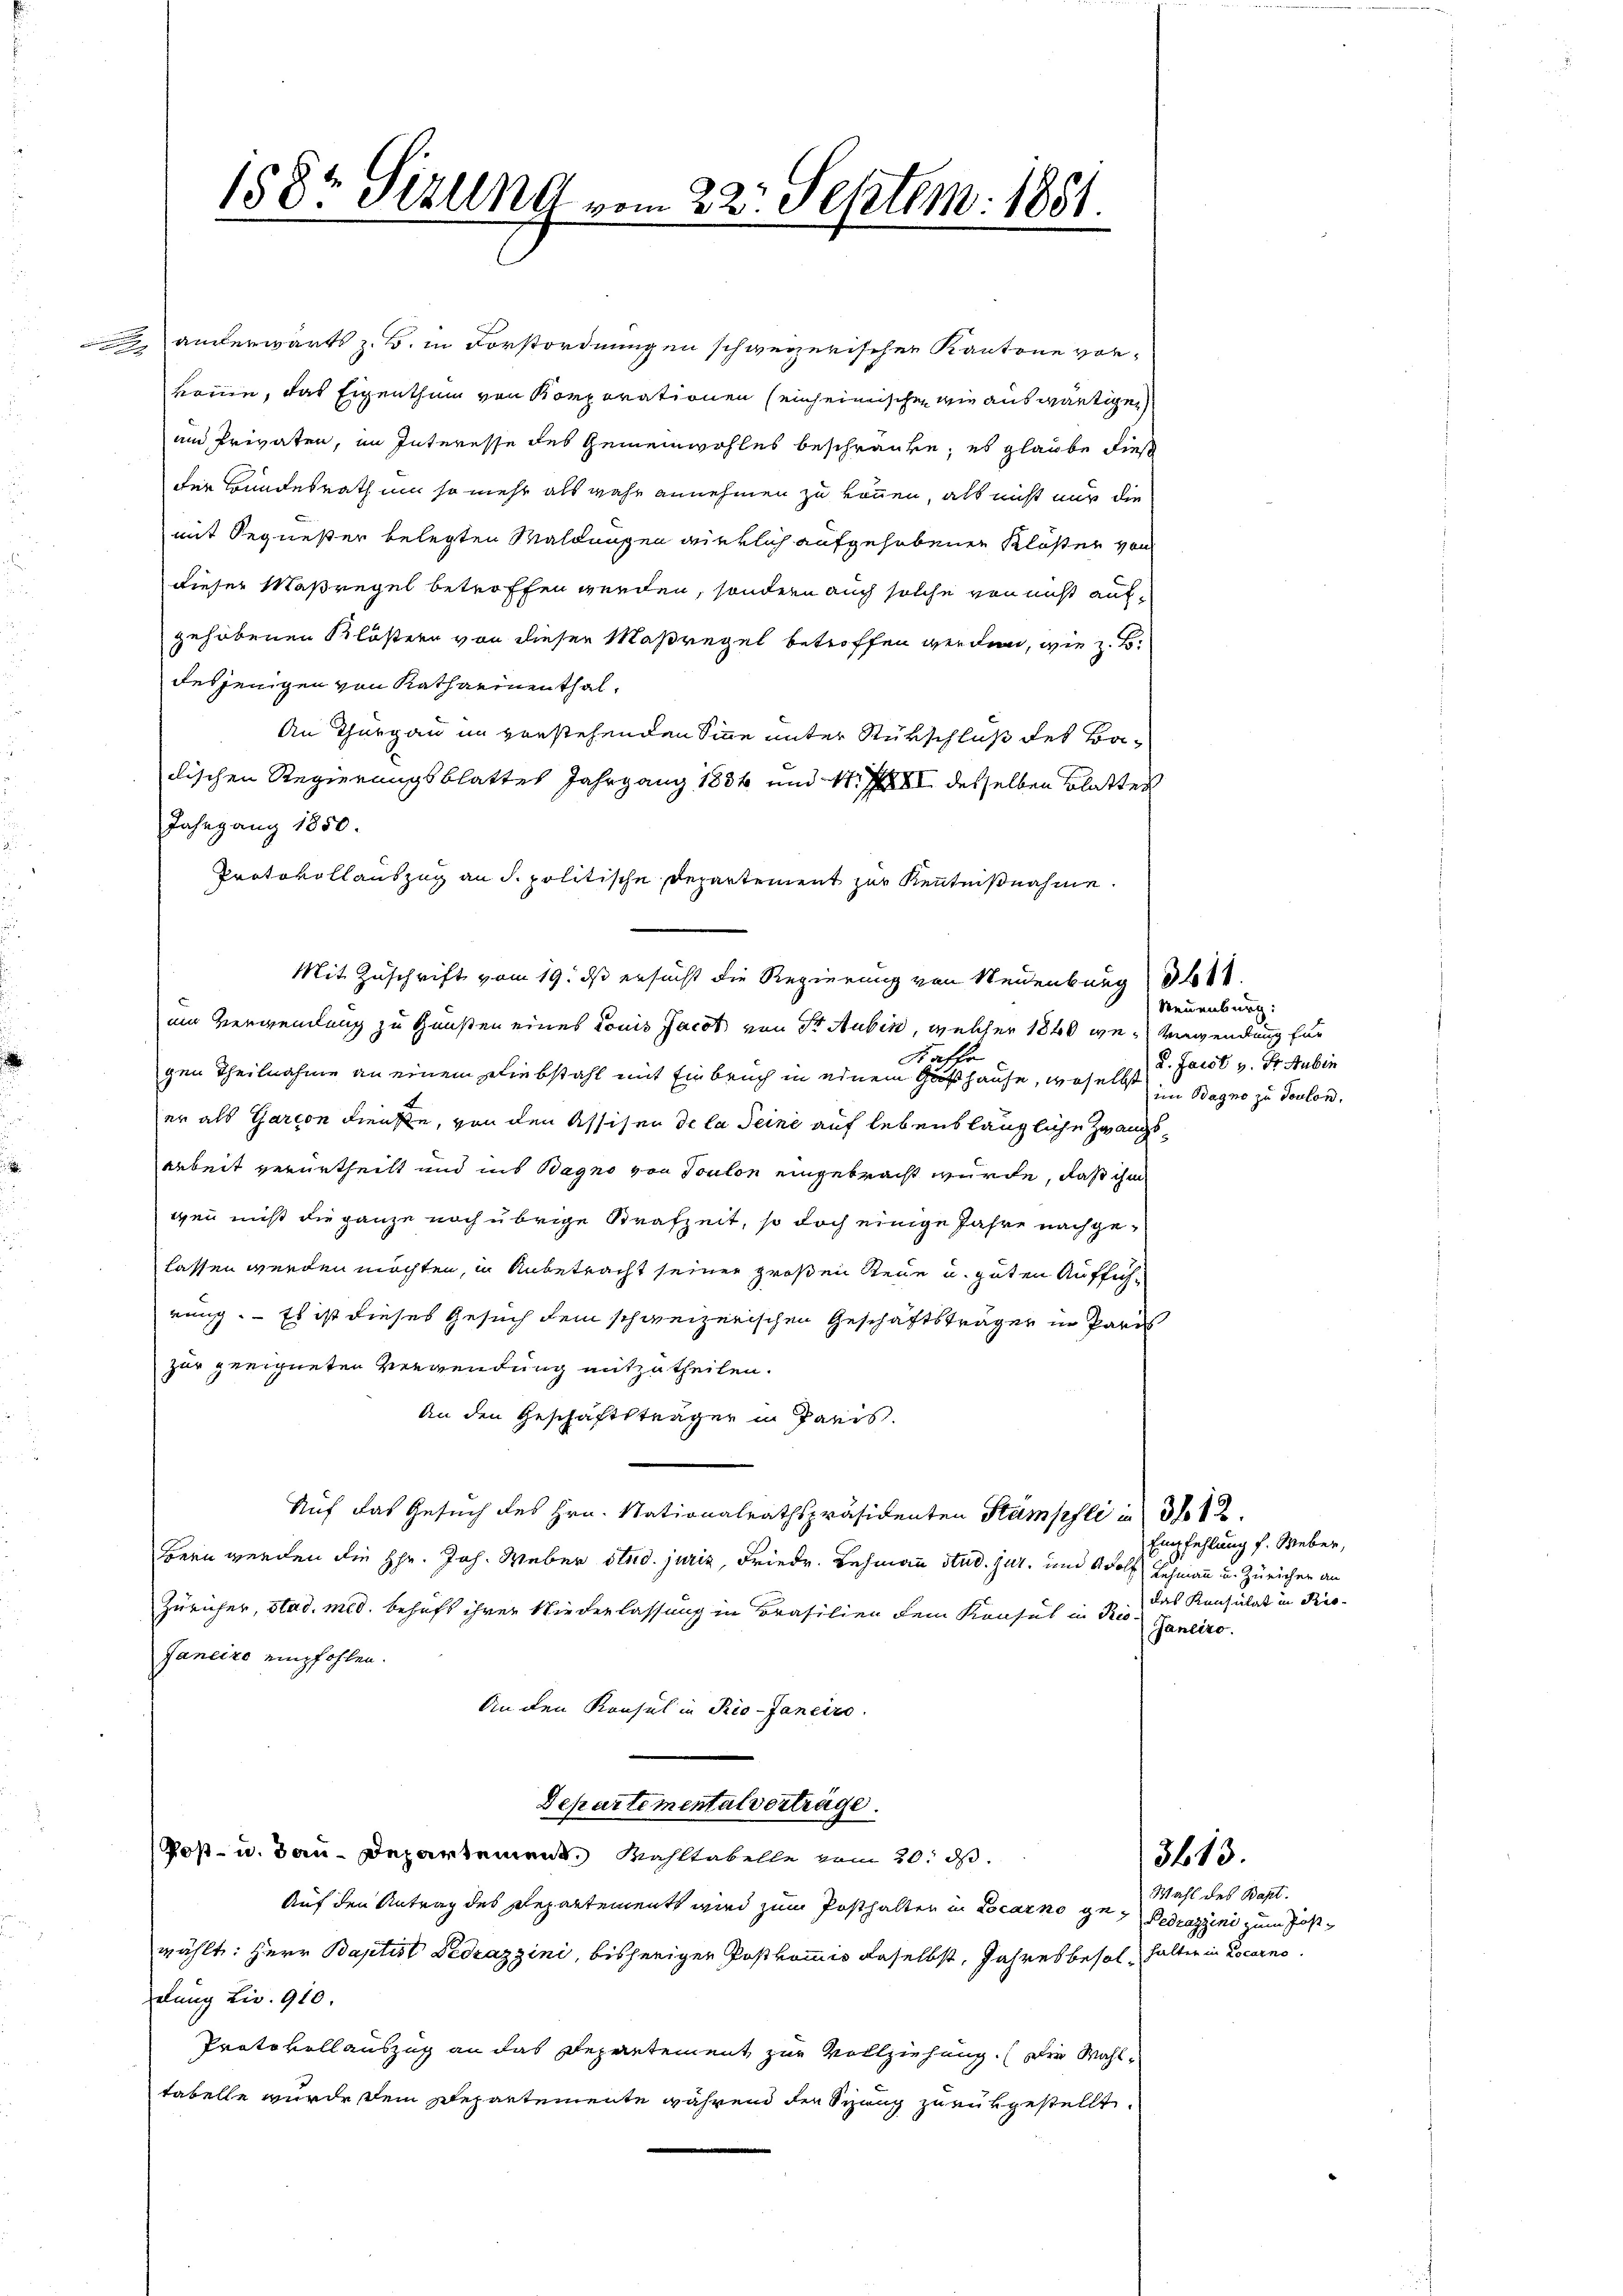
anderwärts z. B. in Vorstordnungen schweizerischen Kantone vorkönne, das Eigenthum von Korporationen seinheimischen wie auswärtigen
um Privaten, im Interesse des Gemeinwohles beschränke, es glaube dies
der Bundesrath um so mehr als wahr annehmen zu können, als nicht nur die
mit Sequester belegten Waldungen wirklich aufgehobenen Klöster von
dieser Maßregel betroffen werden, sondern auch solche von nicht aufgehobenen Klöstern von dieser Maßregel betroffen werden, wie z. B.
desjenigen von Katharinenthal,
An Thurgau im vorstehenden Sinne unter Rükschluß des Badischen Regierungsblattes Jahrgang 1884 und M. XXII desselben Blatten
Jahrgang 1850.
Protokollauszug an d. politische Departement zur Kenntnißnahme.
em Verwendung zu Gunsten eines Louis Jacot von Sr. Aubin, welcher 1840 weg verwendung für
gen Theilnahme an einem Diebstahl mit Einbruch in einem Hause, woselbst im Bagno zu Touloner als Garcon dienste, von den Assisen de la Seine auf lebenslängliche Zwangsarbeit verurtheilt und ins Bagno von Toulon eingebracht wurde, daß ihm
gen nicht die ganze noch übrige Krafzeit, so doch einige Jahre nachgelassen werden möchten, in Anbetracht seiner großen Reue u. guten Aufführung. - Es ist dieses Gesuch dem schweizerischen Geschäftsträger in Pari
zur geeigneten Verwendung mitzutheilen.
An den Geschäftsträger in Paris.
Auf das Gesuch des Hrn. Nationalrathspräsidenten Stampfli in 3 12
Bern werden die Hr. Joh. Weber stud. juris, Friedr. Lehmann Stud. jur. und Wolf Lehmann u. Züricher an
Züricher, stad. med. behaft ihrer Wiederlassung in Brasilien dem Konsul in Prio
Janeiro empfohlen.
An den Konsul in Rio-Janeiro
Departementalverträge.
Post- u. Bau-Departement. Wahltabelle vom 20. ds.
Auf den Antrag des Departements wird zum Posthalten in Locarno ge- Dedrazzini zum Post-
wählt: Herr Baptist Ledrazzini, bisheriger Postkommis daselbst, Jahresbesol halten in Locarno.
dlung Liv. 910.
Protokollauszug an das Departement zur Vollziehung. (Die Wahltabelle wurde dem Departemente während den Schang zurükgestellt.

1582 Sizung vom 22. Septem: 1881.

Mit Zuschrift vom 19. ds ersucht die Regierung von Neuenburg d

Steuenburg:
d. Fassl v. St. Aubin

Empfehlung f. Weber,
das Konsulat in Pro-
Janeiro.

3613.

Wahl des Bapt.